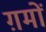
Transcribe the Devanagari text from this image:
ग़मों